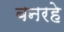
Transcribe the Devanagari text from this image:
बनरहे